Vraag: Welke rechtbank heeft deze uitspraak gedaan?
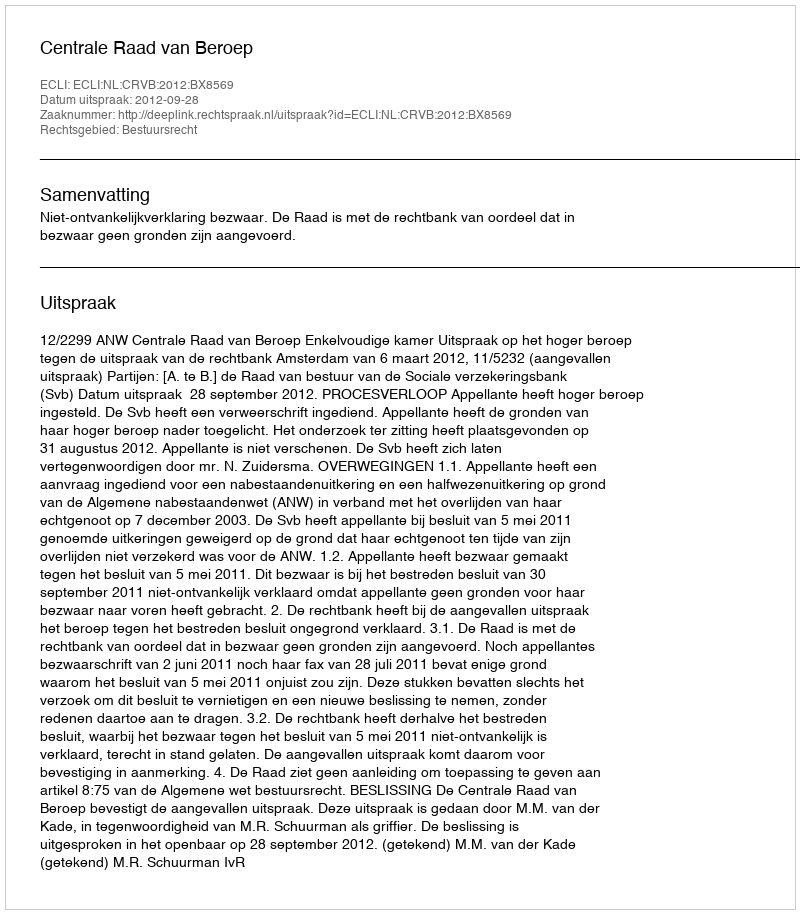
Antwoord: Centrale Raad van Beroep